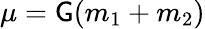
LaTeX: \mu=\mathsf{G}(m_{1}+m_{2})